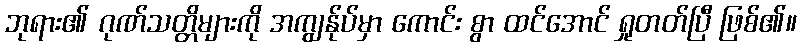
ဘုရား၏ ဂုဏ်သတ္တိများကို အကျွန်ုပ်မှာ ကောင်း စွာ ထင်အောင် ရှုတတ်ပြီ ဖြစ်၏။